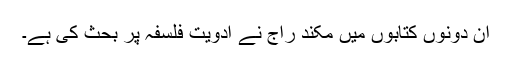
ان دونوں کتابوں میں مکند راج نے ادویت فلسفہ پر بحث کی ہے۔